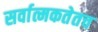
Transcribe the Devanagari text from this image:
सर्वात्मकतेतच